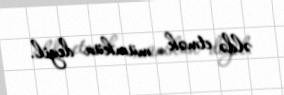
əldə etmək mümkün deyil.